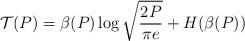
LaTeX: \begin{align*} \mathcal{T}(P)=\beta(P)\log\sqrt{\frac{2P}{\pi e}}+H(\beta(P))\end{align*}